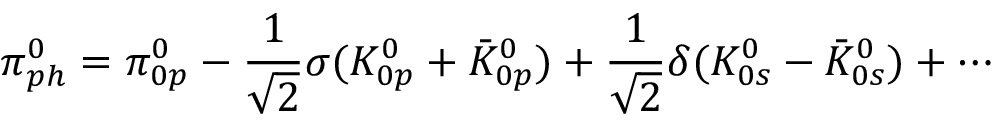
\pi _ { p h } ^ { 0 } = \pi _ { 0 p } ^ { 0 } - \frac { 1 } { \sqrt { 2 } } \sigma ( K _ { 0 p } ^ { 0 } + \bar { K } _ { 0 p } ^ { 0 } ) + \frac { 1 } { \sqrt { 2 } } \delta ( K _ { 0 s } ^ { 0 } - \bar { K } _ { 0 s } ^ { 0 } ) + \cdots